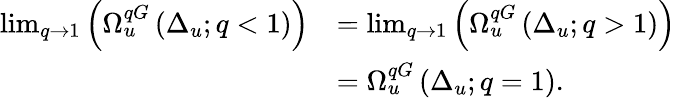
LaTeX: \begin{array}{rl}{\operatorname*{lim}_{q\to 1}\left(\Omega_{u}^{qG}\left(\Delta_{u};q<1\right)\right)}&{=\operatorname*{lim}_{q\to 1}\left(\Omega_{u}^{qG}\left(\Delta_{u};q>1\right)\right)}\\ &{=\Omega_{u}^{qG}\left(\Delta_{u};q=1\right).}\end{array}